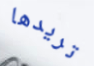
تريدها